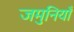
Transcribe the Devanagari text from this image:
जमुनियाँ